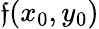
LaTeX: \mathfrak{f}(x_{0},y_{0})